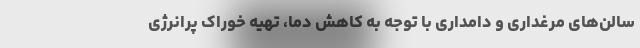
سالن‌های مرغداری و دامداری با توجه به کاهش دما، تهیه خوراک پرانرژی